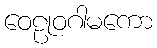
ဝေဠုဝဂါမကော